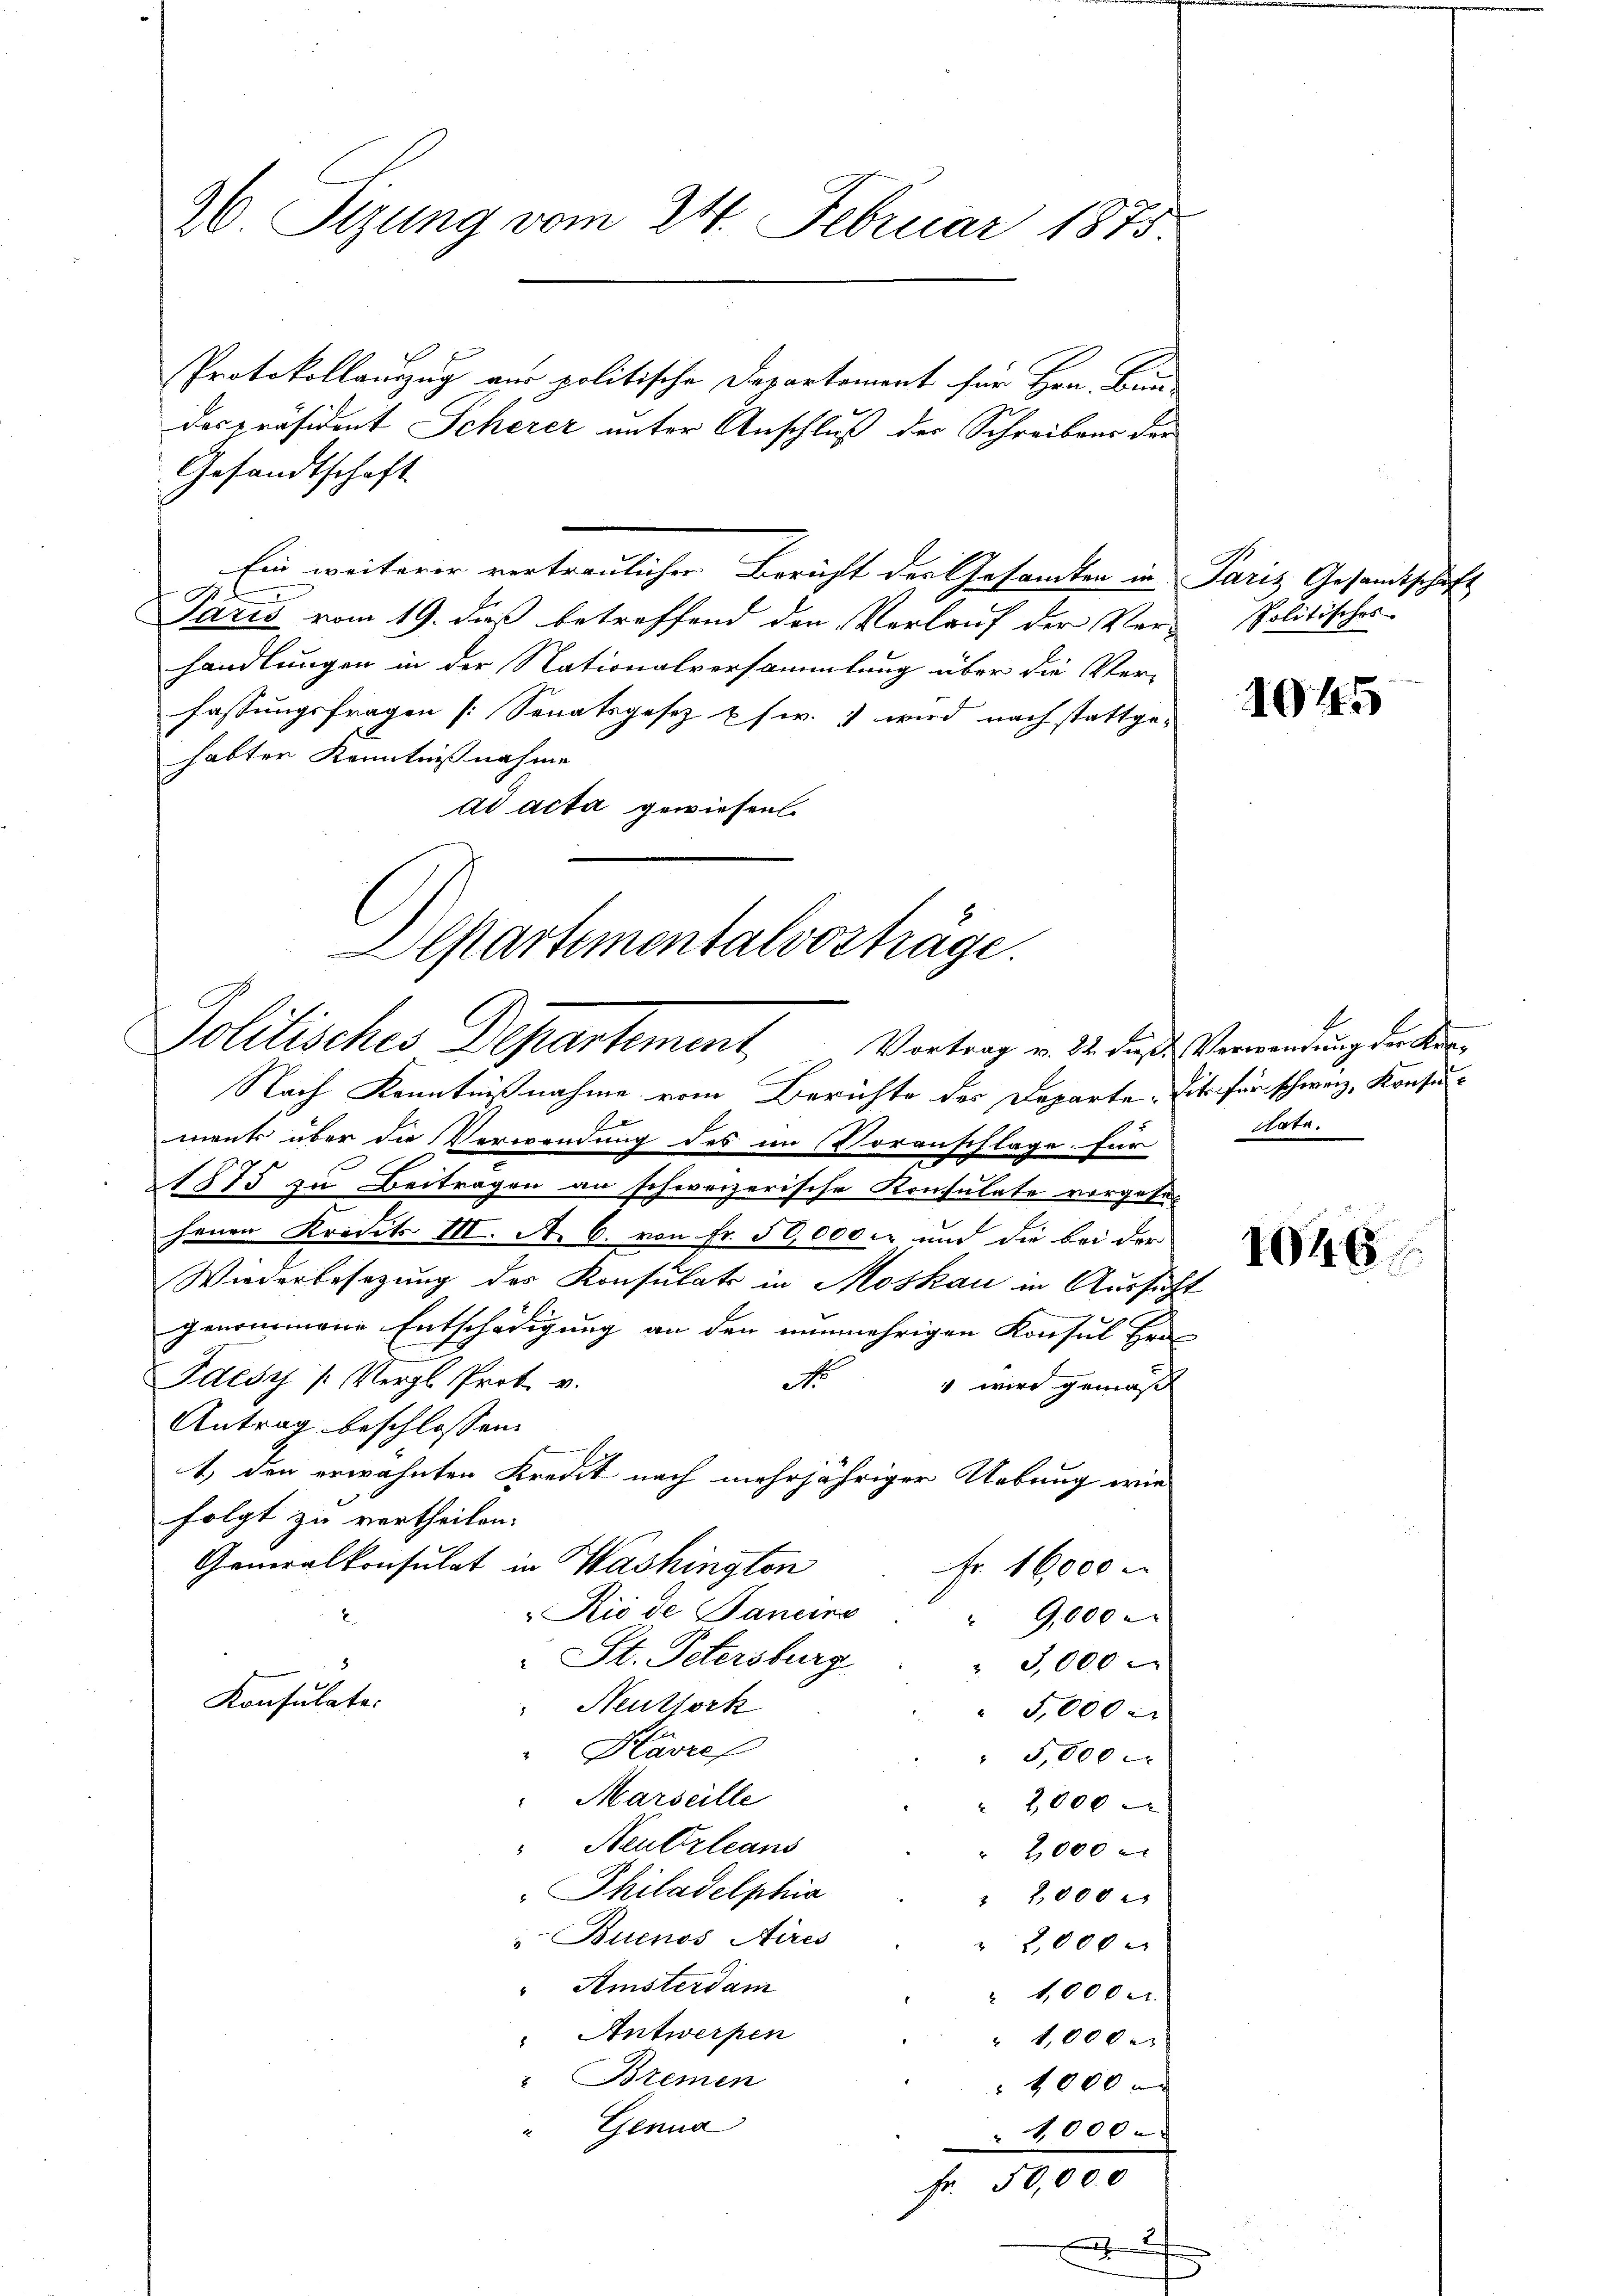
26 Sizung vom 24. Februar 1875.

Protokollauszug aus politische Departement für Hrn. Bun-
despräsident Scherer unter Anschluß des Schreibens der
Gesandtschaft
lie weiterer vertraulicher Bericht der Gesandten in Paris Gesandtschäft
Paris vom 19. dieß betreffend den Verlauf der Ver- Politisches-
handlungen in der Nationalversammlung über die Verfassungsfragen [Senatsgesez usw. wird nach stattgehabter Kenntnißnahme
ad acta gewiesen.

Departementalvostrage.
Politisches Departement. Vortrag v. 22. diese Verwendung der un¬

Nach Kenntnißnahme vom Berichte des Departe. Die für schweiz. Konsu¬
E
ment über die Verwendung des im Voranschlage für
1575 zu Beitragen an schweizerische Konsulate vorgehen
henen Kredits III. A. 6. von Fr. 50,000 er und die bei der
Wiederbesetzung des Konsulats in Moskau in Aussicht
genommene Entschädigung an den nunmehrigen Konsul Fra
Idesy /: Vergl. Prot. v.
No
 wird gemäß
Antrag beschlossen:
1.) den erwähnten Kredit nach mehrjähriger Uebung wie
folgt zu vertheilen.
Generalkonsulat in Washington
Fr. 16,000
Rio de Sancire
"9,000
 St. Petersburg
 3,000
Konsulater
Neuthork
5,000 M
"Havre
5,000
Marseille
 2,000
 Neubrleans
 2000
Philadelphia
 2,000
Buenos Aires
 200 x
 Amsterdam
 1,000 M.
" Antwerpen
" 1,000.
"Bremen
 4000 x
" Genua
40000
Fr. 50,000

h

1045

Nata.

1046.